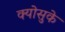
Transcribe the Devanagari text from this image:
क्योसुके